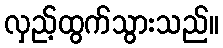
လှည့်ထွက်သွားသည်။